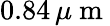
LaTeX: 0.84\, \mu\mathrm{~m~}